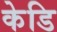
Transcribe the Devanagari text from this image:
केडि